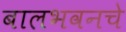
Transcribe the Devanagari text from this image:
बालभवनचे